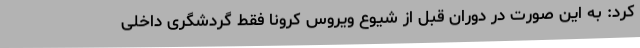
کرد: به این صورت در دوران قبل از شیوع ویروس کرونا فقط گردشگری داخلی